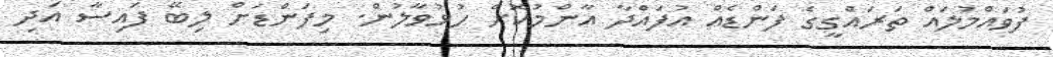
ފުވައްމުލައް ތަރައްގީގެ ފަންޑެއް އުފައްދާ އާންމުކޮށް ހުޅުވާލުން. މިފަންޑަށް ލިބޭ ފައިސާ އަދި